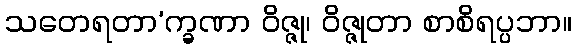
သတေရတာ’က္ခဏာ ဝိဇ္ဇု၊ ဝိဇ္ဇုတာ စာစိရပ္ပဘာ။